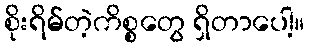
စိုးရိမ်တဲ့ကိစ္စတွေ ရှိတာပေါ့။